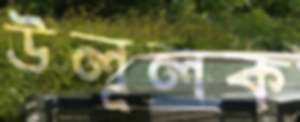
উলূলক